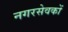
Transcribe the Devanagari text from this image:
नगरसेवकों